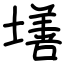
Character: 墡